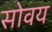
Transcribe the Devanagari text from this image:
सोवय